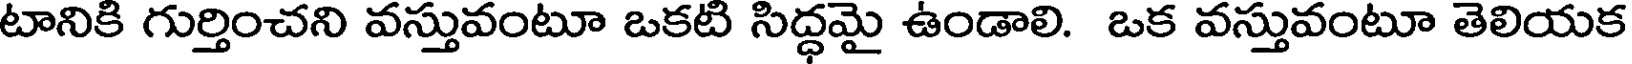
టానికి గుర్తించని వస్తువంటూ ఒకటి సిద్ధమై ఉండాలి. ఒక వస్తువంటూ తెలియక